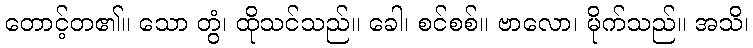
တောင့်တ၏။ သော တွံ၊ ထိုသင်သည်။ ခေါ၊ စင်စစ်။ ဗာလော၊ မိုက်သည်။ အသိ၊